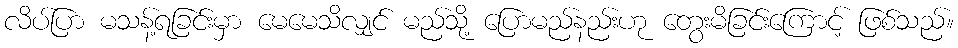
လိပ်ပြာ မသန့်ရခြင်းမှာ မေမေသိလျှင် မည်သို့ ပြောမည်နည်းဟု တွေးမိခြင်းကြောင့် ဖြစ်သည်။